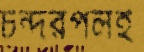
চন্দরপলই